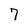
Character: 7